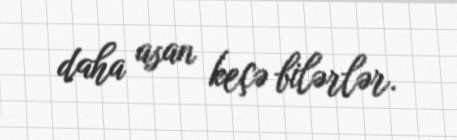
daha asan keçə bilərlər.